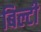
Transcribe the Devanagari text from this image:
बिल्टी